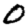
Digit: 0